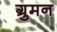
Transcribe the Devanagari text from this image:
ग्रुमन